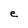
Character: e